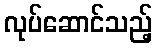
လုပ်ဆောင်သည့်